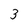
Character: 3